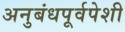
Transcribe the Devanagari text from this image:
अनुबंधपूर्वपेशी